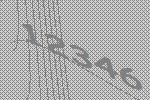
12346